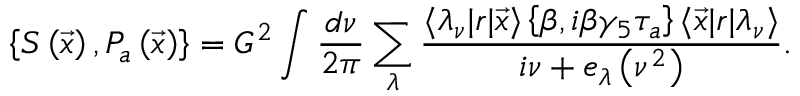
\left\{ S \left( \vec { x } \right) , P _ { a } \left( \vec { x } \right) \right\} = G ^ { 2 } \int \frac { d \nu } { 2 \pi } \sum _ { \lambda } \frac { \langle \lambda _ { \nu } | r | \vec { x } \rangle \left\{ \beta , i \beta \gamma _ { 5 } \tau _ { a } \right\} \langle \vec { x } | r | \lambda _ { \nu } \rangle } { i \nu + e _ { \lambda } \left( \nu ^ { 2 } \right) } .